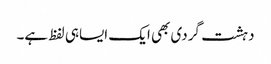
دہشت گردی بھی ایک ایساہی لفظ ہے۔